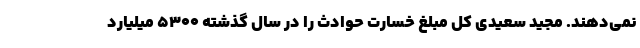
نمی‌دهند. مجید سعیدی کل مبلغ خسارت حوادث را در سال گذشته ۵۳۰۰ میلیارد